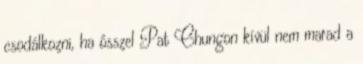
csodálkozni, ha ősszel Pat Chungon kívül nem marad a